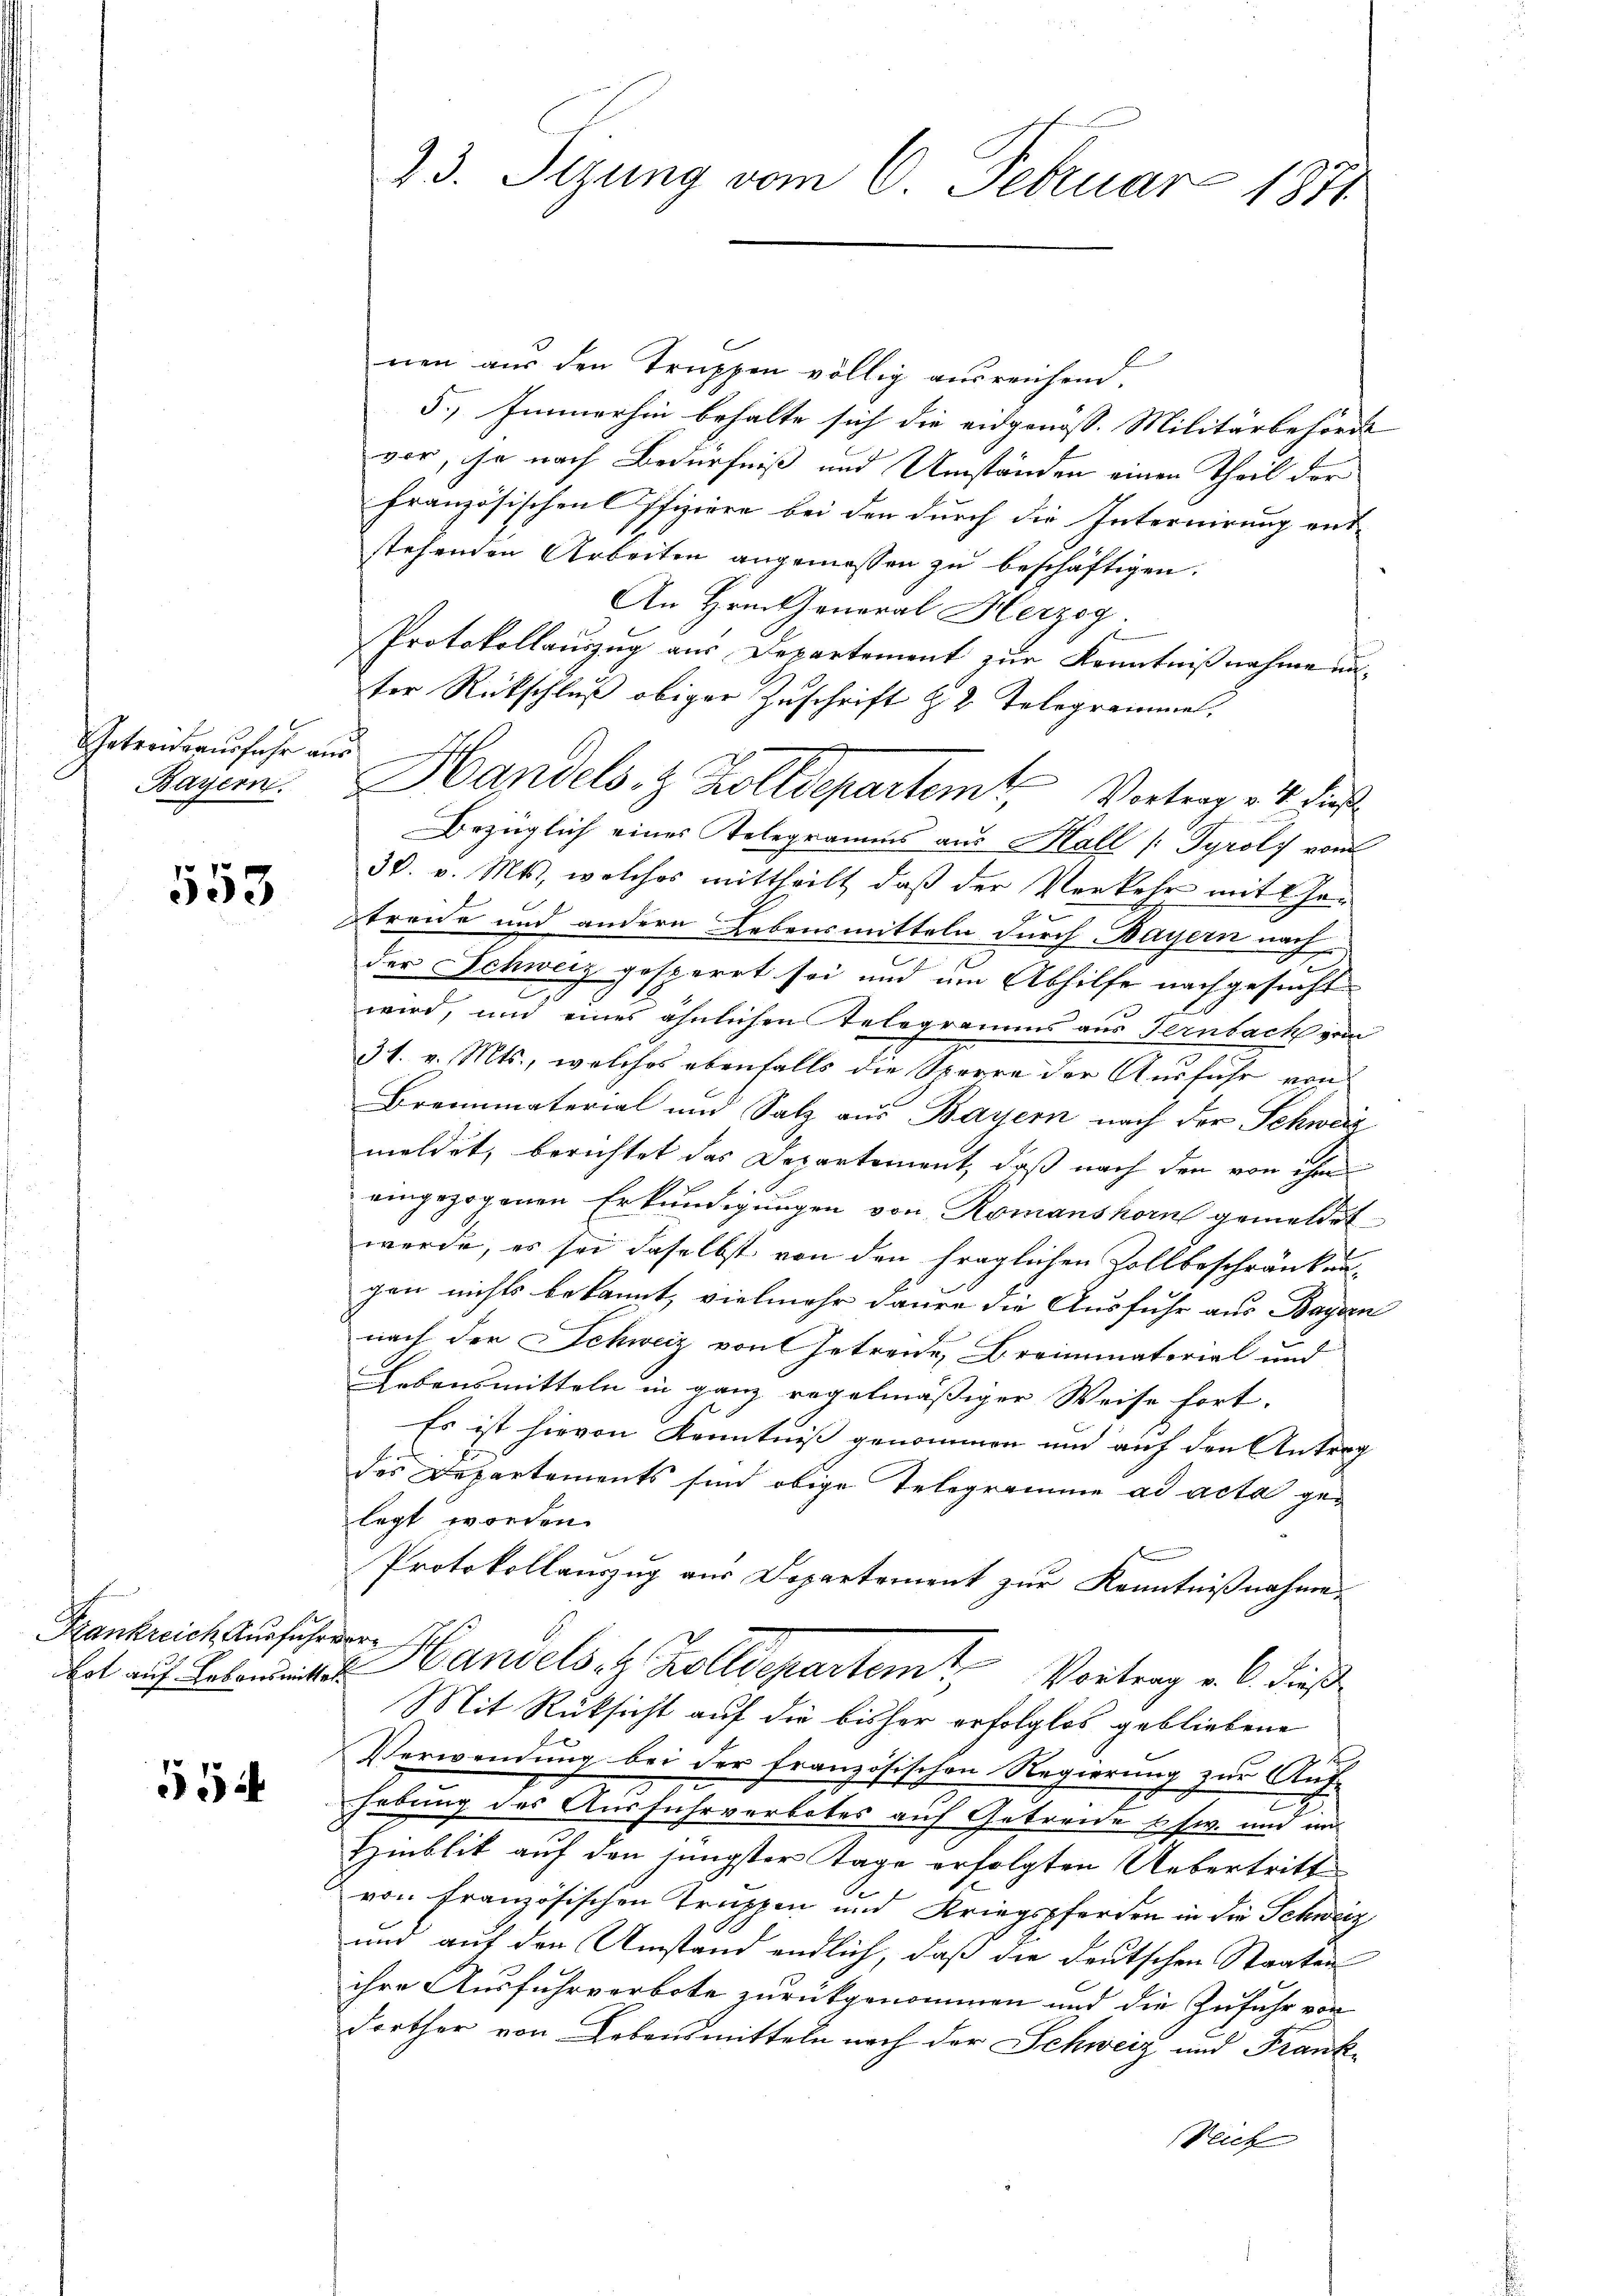
Getreitsausfuhr aus

553

Frankreich Ausfuhrvere

54

nen aus den Truppen völlig ausreichend.
5.) Immerhin behalte sich die eidgenöss. Militärbehörde
vor, ihn nach Bedürfniß und Umständen einen Theil der
französischen Offiziere bei den durch die Internirung ent-
stehenden Arbeiten angemessen zu beschäftigen.
An Hrn. General Herzog.
Protokollauszug aus Departement zur Kenntnißnahme unter Rückschluß obiger Zuschrift d. 2. Telegrammel.
Bezüglich eines Telegramms aus Hall (Tyrols vom
30. v. Mts., welches mittheilt, daß der Verkehr mit Ge¬
2
treide und andern Lebensmitteln durch Bayern nach
der Schweiz gesperrt sei und um Abhilfe nachgesucht
wird, und eines ähnlichen Telegramms aus Ternbach vom
31. v. Mts., welches ebenfalls die Sperre der Ausfuhr von
Brennmaterial und Salz aus Bayern nach der Schweiz
meldet, berichtet das Departement, daß nach den von ihm
eingezogenen Erkundigungen von Romanshorn gemeldet
werde, es sei daselbst von den fraglichen Zollbeschränkungen nichts bekannt, vielmehr dauer die Ausfuhr aus Bayern
nach der Schweiz von Getreide, Breimmaterial und
Lebensmitteln in ganz regelmäßiger Weise fort.
Es ist hievon Kenntniß genommen und auf den Antrag
des Departements sind obige Telegramme ad acta gelegt worden.
d
Protokollauszug aus Departement zur Kenntnißnahme
ot auf Lebereites Handels 4 Zolldepartem Vortrag v. 6. dieß
Mit Rücksicht auf die bisher erfolglos gebliebene
E.
s
Verwendung bei der französischen Regierung zur Ant-
u
hebung des Ausfuhrverbotes auf Getreide schw. und un
Hinblit auf den jüngster Tage erfolgten Uebertritte
von Französischen Truppen und Kriegspferden in die Schweiz
und auf den Umstand endlich, daß die deutschen Staaten
ihre Ausfuhrverbote zurückgenommen und die Zufuhr von
dorther von Lebensmitteln nach der Schweiz und Frank¬
Veich

23. Sizung vom 6. Februar 1871

Bayern. Handels- & Zolldepartemt, Vortrag v. 14. dies